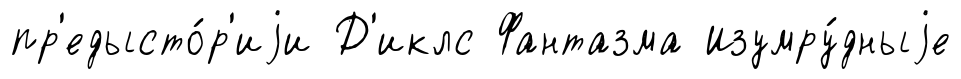
пр'едысто́р'иjи Д'иклс Фантазма Изумру́дныjе